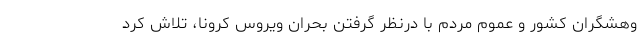
وهشگران کشور و عموم مردم با درنظر گرفتن بحران ویروس کرونا، تلاش کرد